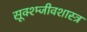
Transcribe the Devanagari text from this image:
सूक्श्म्जीवशास्त्र